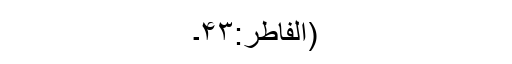
(الفاطر:۴۳۔